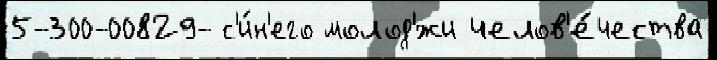
5-300-00829- с'и́н'его молод'́жи челов'е́чества